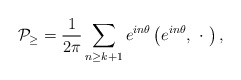
\begin{align*}{\cal P}_{\geq}=\frac 1{2\pi }\sum_{n\geq k+1}e^{in\theta }\left(e^{in\theta},\ \cdot \ \right),\end{align*}